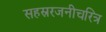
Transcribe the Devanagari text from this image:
सहस्ररजनीचरित्र